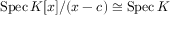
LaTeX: \operatorname { S p e c } K [ x ] / ( x - c ) \cong \operatorname { S p e c } K